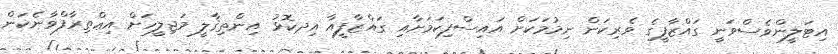
އިޓަލީންވެސްވަނީ ގައްޒާފީގެ ވެރިކަން ނިމުމަކަށް އައިސްފިކަމަށާއި ގައްޒާފީއާ އިދކޮޅު އިންތިޤާލީ މަޖިލީހަށް އިޢްތިރާފްވާނެކަން